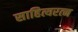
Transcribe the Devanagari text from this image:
साहित्यरत्‍न